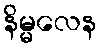
နိမ္မလေန